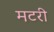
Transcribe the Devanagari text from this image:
मटरी